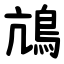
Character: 䲳